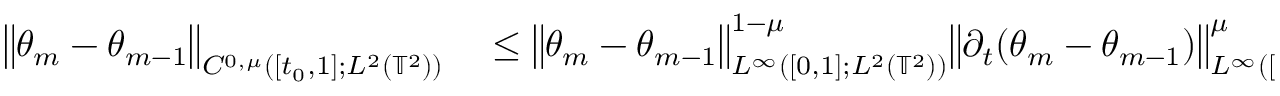
\begin{array} { r l } { \big \| \theta _ { m } - \theta _ { m - 1 } \big \| _ { C ^ { 0 , \mu } ( [ t _ { 0 } , 1 ] ; L ^ { 2 } ( \ensuremath { \mathbb { T } } ^ { 2 } ) ) } } & { { } \leq \big \| \theta _ { m } - \theta _ { m - 1 } \big \| _ { L ^ { \infty } ( [ 0 , 1 ] ; L ^ { 2 } ( \ensuremath { \mathbb { T } } ^ { 2 } ) ) } ^ { 1 - \mu } \big \| \partial _ { t } ( \theta _ { m } - \theta _ { m - 1 } ) \big \| _ { L ^ { \infty } ( [ t _ { 0 } , 1 ] ; L ^ { 2 } ( \ensuremath { \mathbb { T } } ^ { 2 } ) ) } ^ { \mu } } \end{array}